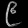
Digit: ၉